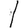
Digit: 1